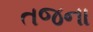
તજના